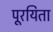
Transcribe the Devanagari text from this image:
पूरयिता